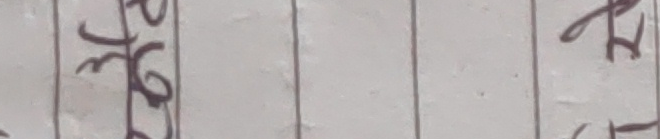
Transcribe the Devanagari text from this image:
इमु हठ रहफ